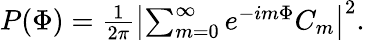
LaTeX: \begin{array}{r}{P(\Phi)=\frac{1}{2\pi}\left|\sum_{m=0}^{\infty}e^{-im\Phi}C_{m}\right|^{2}.}\end{array}